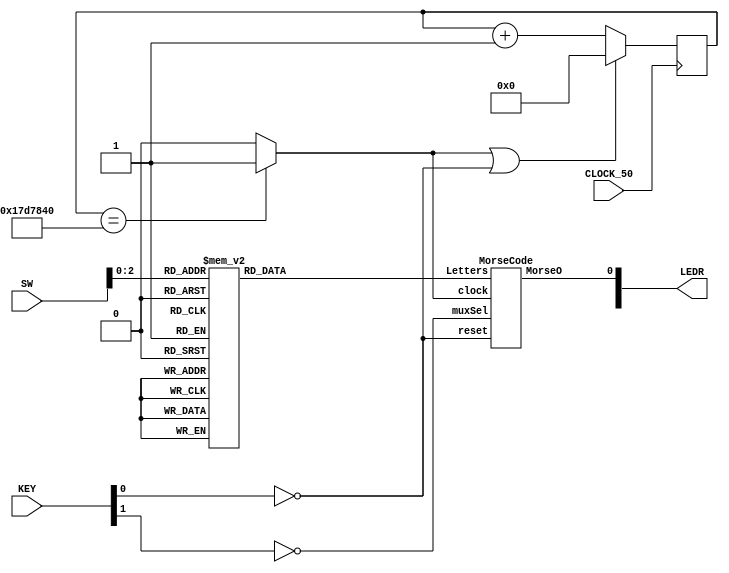
`timescale 1ns / 1ns 

module Lab5Part3(SW,KEY,LEDR,CLOCK_50);

	input [9:0] SW;
	input [2:0] KEY;
	input CLOCK_50;
	output [9:0] LEDR;
	
	wire clear1,Enable;
	wire resetm;
	wire [2:0] LetSelect;
	wire MorseOut;
	reg [10:0] LettersIn;
	wire muxS;
	
	reg [24:0] count1;
	
	
	assign resetm = ~KEY[0];
	assign muxS = ~KEY[1];
	assign LetSelect = SW[2:0];
	assign LEDR[0] = MorseOut;
	
	always@(posedge CLOCK_50)
	begin
		if((clear1 == 1'b1)|(resetm == 1'b1))
			count1 <= 25'd0;
		else
			count1 <= count1 + 1'b1;
	end

	assign clear1 = Enable;
	assign Enable = (count1 == 25'd25000000) ? 1'b1 : 1'b0;
	
	always@(*)
	begin
	case(LetSelect)
	3'b000: LettersIn = 11'b10111000000;
	3'b001: LettersIn = 11'b11101010100;
	3'b010: LettersIn = 11'b11101011101;
	3'b011: LettersIn = 11'b11101010000;
	3'b100: LettersIn = 11'b10000000000;
	3'b101: LettersIn = 11'b10101110100;
	3'b110: LettersIn = 11'b11101110100;
	3'b111: LettersIn = 11'b10101010000;
	default:
	LettersIn = 11'b00000000000;
	endcase
	end
	
	MorseCode mainBlock(
			    .muxSel(muxS),
			    .Letters(LettersIn),
			    .MorseO(MorseOut),
			    .clock(Enable),
			    .reset(resetm)
			   );
	
endmodule

//-------------------------------------------------------------------------------
module MorseCode(muxSel,Letters,MorseO,clock,reset);
	
	input [10:0] Letters;
	input muxSel;
	input clock,reset;
	output MorseO;
	wire [9:0] Q;

	register_bit RB10(muxSel,Letters[10],MorseO,Q[9],clock,reset);
	register_bit RB9 (muxSel,Letters[9],Q[9],Q[8],clock,reset);
	register_bit RB8 (muxSel,Letters[8],Q[8],Q[7],clock,reset);
	register_bit RB7 (muxSel,Letters[7],Q[7],Q[6],clock,reset);
	register_bit RB6 (muxSel,Letters[6],Q[6],Q[5],clock,reset);
	register_bit RB5 (muxSel,Letters[5],Q[5],Q[4],clock,reset);
	register_bit RB4 (muxSel,Letters[4],Q[4],Q[3],clock,reset);
	register_bit RB3 (muxSel,Letters[3],Q[3],Q[2],clock,reset);
	register_bit RB2 (muxSel,Letters[2],Q[2],Q[1],clock,reset);
	register_bit RB1 (muxSel,Letters[1],Q[1],Q[0],clock,reset);
	register_bit RB0 (muxSel,Letters[0],Q[0],1'b0,clock,reset);


endmodule

//-------------------------------------------------------------------------------
module register_bit(muxSelect, LetterSelect, MorseOut,Q,clockMOFO,resetMOFO);
	
	input muxSelect,resetMOFO,clockMOFO;
	input LetterSelect,Q;
	output reg MorseOut; 
	wire decision;

	mux2to1 doggo1(LetterSelect,Q, muxSelect, decision);
	
	always@(posedge clockMOFO)
	begin
	if(resetMOFO == 1'b1)
	MorseOut <= 1'b0;
	else
	MorseOut <= decision;
	end
	
endmodule

//-----------------------------------------------------------------------------------
module mux2to1(x, y, s, m);
    input x; //select 0
    input y; //select 1
    input s; //select signal
    output m; //output
  
    //assign m = s & y | ~s & x;
    // OR
    assign m = s ? y : x;

endmodule